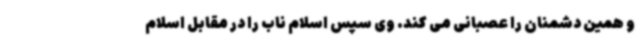
و همین دشمنان را عصبانی می کند. وی سپس اسلام ناب را در مقابل اسلام